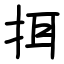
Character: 挕